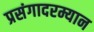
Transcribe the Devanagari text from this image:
प्रसंगादरम्यान